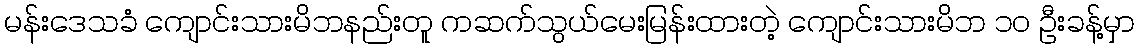
မန်းဒေသခံ ကျောင်းသားမိဘနည်းတူ ကဆက်သွယ်မေးမြန်းထားတဲ့ ကျောင်းသားမိဘ ၁၀ ဦးခန့်မှာ